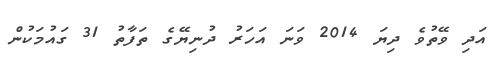
އަދި ވޭތުވެ ދިޔަ 2014 ވަނަ އަހަރު ދުނިޔޭގެ ތަފާތު 31 ގައުމަކުން